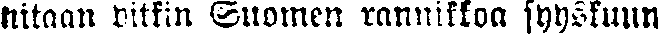
nitaan pitkin Suomen rannikkoa syyskuun